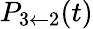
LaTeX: P_{3\leftarrow 2}(t)